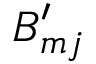
B _ { m j } ^ { \prime }